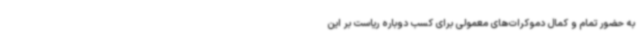
به حضور تمام و کمال دموکرات‌های معمولی برای کسب دوباره ریاست بر این